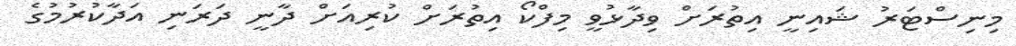
މިނިސްޓަރު ޝައިނީ އިތުރަށް ވިދާޅުވީ މިފްކޯ އިތުރަށް ކުރިއަށް ދާނީ ދަރަނި އަދާކުރުމުގެ